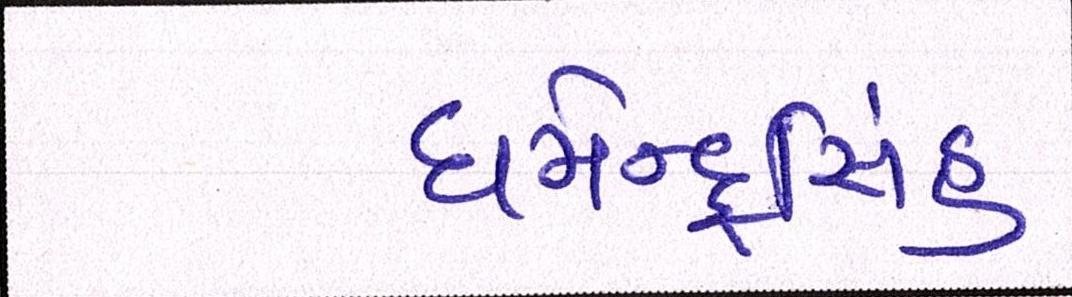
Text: ધર્મેન્દ્રસિંહ